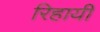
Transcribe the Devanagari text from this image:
रिहायी